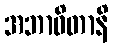
အဘာဝိတာနိ